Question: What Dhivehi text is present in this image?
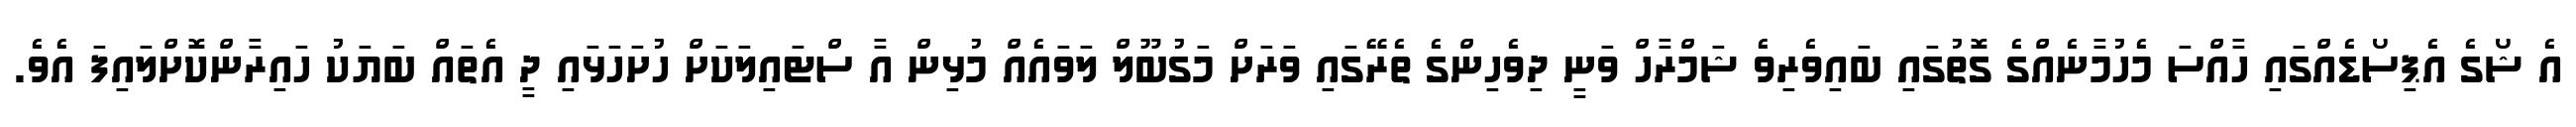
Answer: އެ ޝޯގެ އެޕިސޯޑެއްގައި ހާއްސަ މެހުމާނެއްގެ ގޮތުގައި ބައިވެރިވެ ޝަމްރާހް ވަނީ ދިވެހިންގެ ތެރޭގައި ވަރަށް މަގުބޫލް ލަވައެއް މުޅިން އާ ސްޓައިލަކަށް ހުށަހަޅައި ދީ އެތައް ބަޔަކު ހައިރާންކޮށްލައިފަ އެވެ.